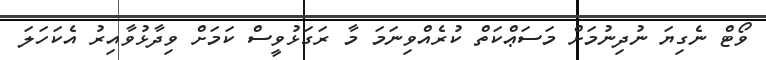
ވޯޓް ނެގިޔަ ނުދިނުމަށް މަސަޢްކަތް ކުރެއްވިނަމަ މާ ރަގަޅުވީސް ކަމަށް ވިދާޅުވާއިރު އެކަހަލަ